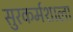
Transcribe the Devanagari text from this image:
सुरकर्मशाला